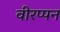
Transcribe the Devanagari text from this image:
वीरप्पन